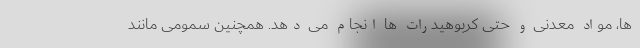
ها، مواد معدنی و حتی کربوهیدرات ها انجام می دهد. همچنین سمومی مانند